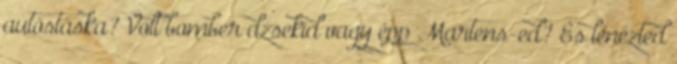
autóstáska? Volt bomber dzsekid vagy épp Martens-ed? És lenézted